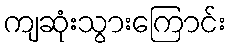
ကျဆုံးသွားကြောင်း